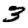
Digit: 3